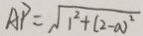
A P = \sqrt { 1 ^ { 2 } + ( 2 - a ) ^ { 2 } }